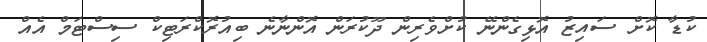
ކުޑާ ކޮށް ސައިޒު އޮޅިގެންނޭ ކުށްވެރިން ދޫކުރަން އޮންނާނެ ބިއުރޮކްރަޓިކް ސިސްޓަމް އެއް